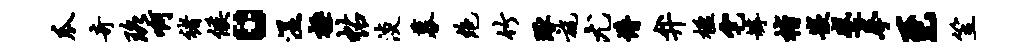
瓜奇珞啊褚候。湿极帖淡募绝竹琢旄尤懵弁楹宅罅楷嵌蹙拳至笠